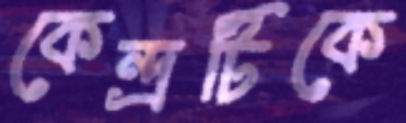
কেন্দ্রটিকে